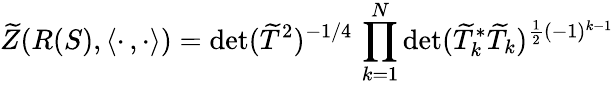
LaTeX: \widetilde{Z}(R(S),\langle\cdot\, ,\cdot\rangle)=\operatorname*{det}(\widetilde{T}^{2})^{-1/4}\, \prod_{k=1}^{N}\operatorname*{det}(\widetilde{T}_{k}^{*}\widetilde{T}_{k})^{\frac{1}{2}(-1)^{k-1}}